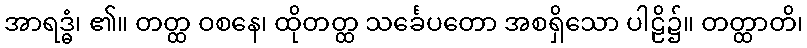
အာရဒ္ဓံ၊ ၏။ တတ္ထ ဝစနေ၊ ထိုတတ္ထ သင်္ခေပတော အစရှိသော ပါဠိ၌။ တတ္ထာတိ၊